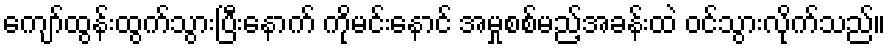
ကျော်ထွန်းထွက်သွားပြီးနောက် ကိုမင်းနောင် အမှုစစ်မည့်အခန်းထဲ ဝင်သွားလိုက်သည်။